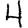
Digit: 4